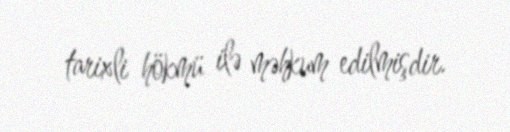
tarixli hökmü ilə məhkum edilmişdir.